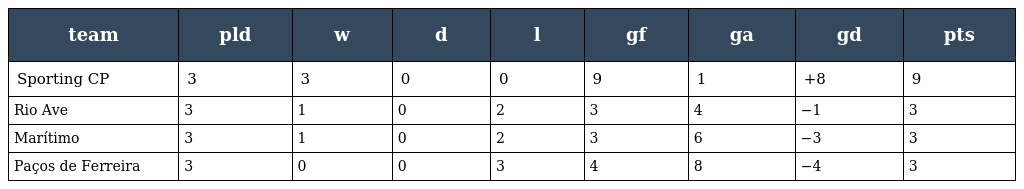
| team | pld | w | d | l | gf | ga | gd | pts |
 | --- | --- | --- | --- | --- | --- | --- | --- | --- |
 | Sporting CP | 3 | 3 | 0 | 0 | 9 | 1 | +8 | 9 |
 | Rio Ave | 3 | 1 | 0 | 2 | 3 | 4 | −1 | 3 |
 | Marítimo | 3 | 1 | 0 | 2 | 3 | 6 | −3 | 3 |
 | Paços de Ferreira | 3 | 0 | 0 | 3 | 4 | 8 | −4 | 3 |